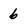
Character: 6